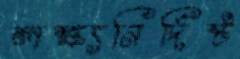
লক্ষ্যনির্দিষ্ট